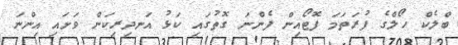
ބްލެކް ހޯލްގެ ފުރަތަމަ ފޮޓޯއިން ފެންނަ ގޮތުގައި ކަޅު އަނދިރިކަން ވަށައި އިންްނަ